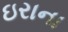
ઇરાના